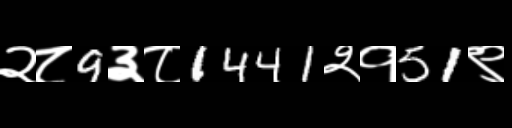
Text: २८9३८1441२१51९